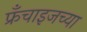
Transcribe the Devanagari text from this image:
फ्रँचाइजच्या